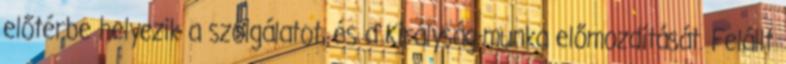
előtérbe helyezik a szolgálatot, és a Királyság-munka előmozdítását. Felállt